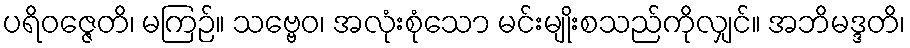
ပရိဝဇ္ဇေတိ၊ မကြဉ်။ သဗ္ဗေဝ၊ အလုံးစုံသော မင်းမျိုးစသည်ကိုလျှင်။ အဘိမဒ္ဒတိ၊